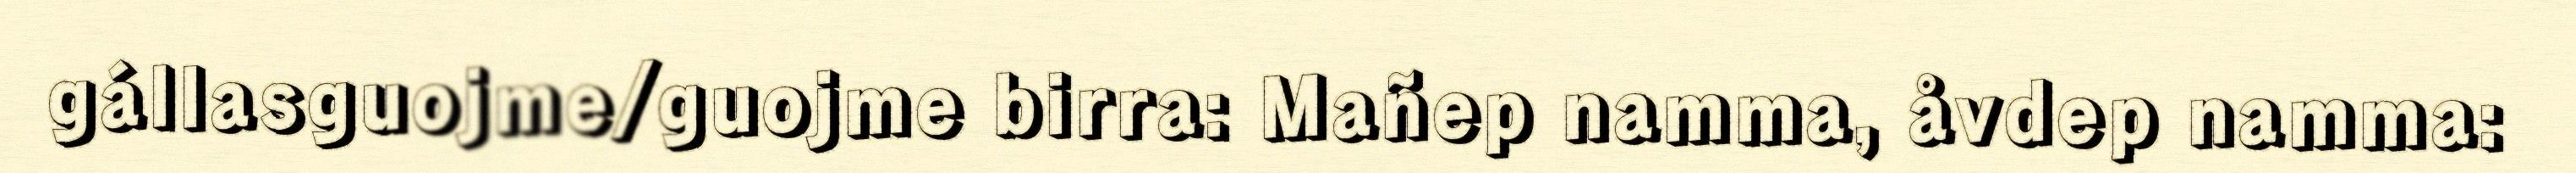
gállasguojme/guojme birra: Mañep namma, åvdep namma: